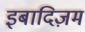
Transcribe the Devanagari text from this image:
इबादिज़म